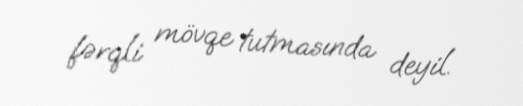
fərqli mövqe tutmasında deyil.